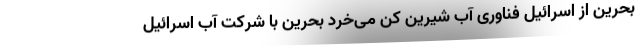
بحرین از اسرائیل فناوری آب شیرین کن می‌خرد بحرین با شرکت آب اسرائیل